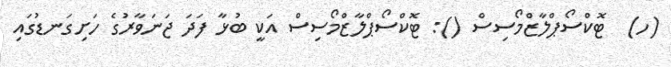
(ހ)  ޓޮކްސޯޕްލާޒްމޯސިސް (): ޓޮކްސޯޕްލާޒްމޯސިސް އަކީ ބުޅާ ފަދަ ޖަނަވާރުގެ ހަށިގަނޑުގައި